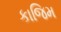
કાજિમ